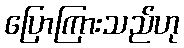
ပြောကြားသည်ဟု